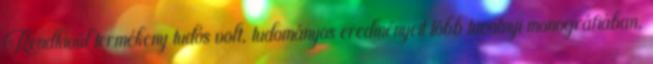
Rendkívül termékeny tudós volt, tudományos eredményeit több tucatnyi monográfiában,